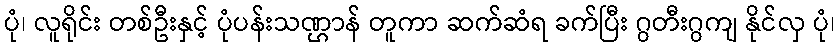
ပုံ၊ လူရိုင်း တစ်ဦးနှင့် ပုံပန်းသဏ္ဌာန် တူကာ ဆက်ဆံရ ခက်ပြီး ဂွတီးဂွကျ နိုင်လှ ပုံ၊